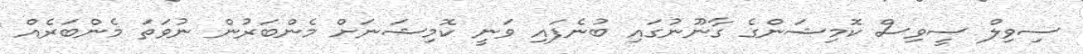
ސިވިލް ސީވިސް ކޮމިޝަންގެ ގާނޫނުގައި ބުނެފައި ވަނީ ކޮމިޝަނަށް މެންބަރުން ނުވަތަ މެންބަރެއް